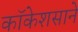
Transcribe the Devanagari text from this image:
कॉकेशसाने